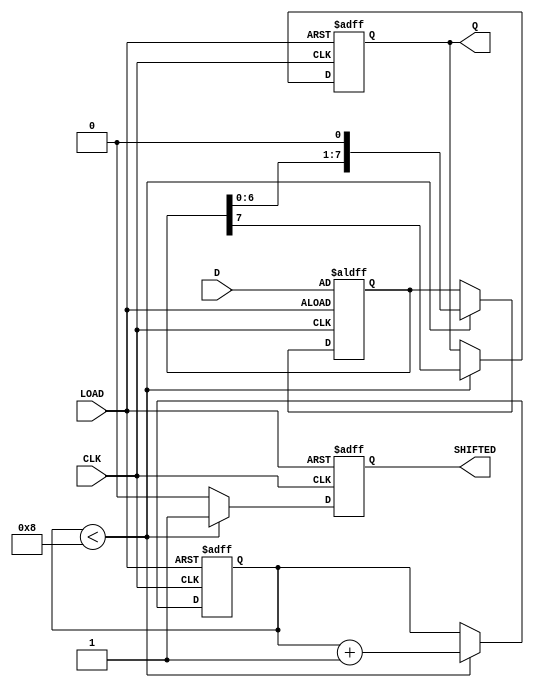
module PISO_Register (
    input wire [7:0] D,      // 8-bit data input
    input wire LOAD,         // Load control signal
    input wire CLK,          // Clock signal
    output reg Q,            // Serial output
    output reg SHIFTED       // Optional signal indicating when data has been shifted out
);

    reg [7:0] shift_reg;     // Internal 8-bit shift register
    reg [3:0] bit_count;     // Counter to track the number of bits shifted out

    // Asynchronous reset (optional)
    always @(posedge CLK or posedge LOAD) begin
        if (LOAD) begin
            shift_reg <= D;   // Load data into the shift register
            Q <= 1'b0;        // Set Q to low during loading
            bit_count <= 4'b0; // Reset bit counter
            SHIFTED <= 1'b0;  // Reset SHIFTED signal
        end else begin
            if (bit_count < 4'd8) begin
                Q <= shift_reg[7]; // Shift out the MSB
                shift_reg <= {shift_reg[6:0], 1'b0}; // Shift left
                bit_count <= bit_count + 1; // Increment bit counter
                SHIFTED <= 1'b1; // Indicate that a bit has been shifted out
            end else begin
                SHIFTED <= 1'b0; // Reset SHIFTED signal when all bits are shifted out
            end
        end
    end

endmodule